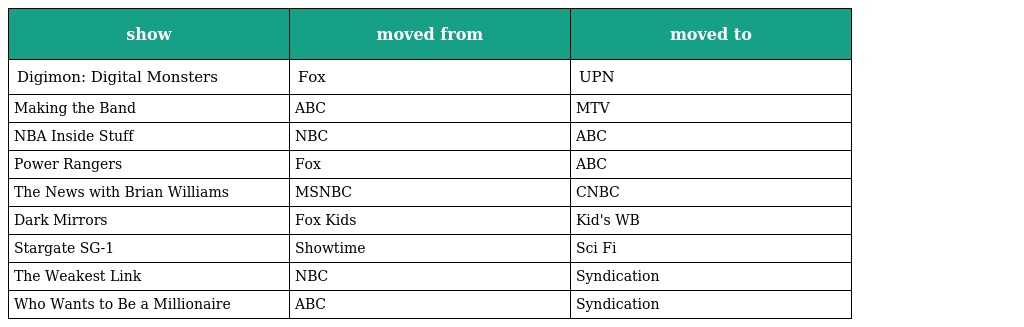
| show | moved from | moved to |
 | --- | --- | --- |
 | Digimon: Digital Monsters | Fox | UPN |
 | Making the Band | ABC | MTV |
 | NBA Inside Stuff | NBC | ABC |
 | Power Rangers | Fox | ABC |
 | The News with Brian Williams | MSNBC | CNBC |
 | Dark Mirrors | Fox Kids | Kid's WB |
 | Stargate SG-1 | Showtime | Sci Fi |
 | The Weakest Link | NBC | Syndication |
 | Who Wants to Be a Millionaire | ABC | Syndication |